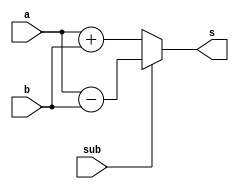
module cla32 (a,b,sub,s);
   input [31:0] a,b;
	input sub;
   output [31:0] s;
   assign s = sub? a-b:a+b;
endmodule